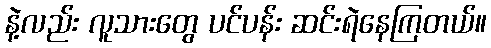
နဲ့လည်း လူသားတွေ ပင်ပန်း ဆင်းရဲနေကြတယ်။